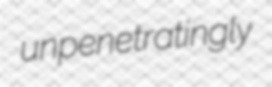
unpenetratingly